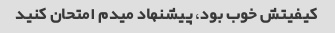
کیفیتش خوب بود، پیشنهاد میدم امتحان کنید